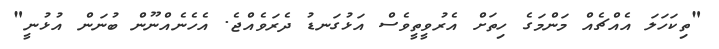
"ތިކަހަލަ އެއްޗެއް މަންމަގެ ހިތަށް އެރުވީތީވެސް އަޅުގަނޑު ދެރަވެއްޖެ. އެހެނެއްނޫން ބުނަން އުޅުނީ"